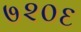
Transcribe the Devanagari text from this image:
७२०६